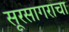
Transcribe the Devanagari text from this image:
सूरसागराचा